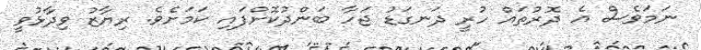
ނަމަވެސް އެ ދޮރުތައް ހުރީ ދަނގަޑު ޖަހާ ބަންދުކޮށްފައި ކަމަށެވެ. ރިޔާޒު ވިދާޅުވީ